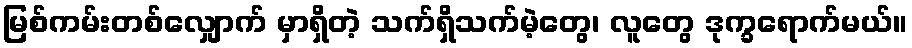
မြစ်ကမ်းတစ်လျှောက် မှာရှိတဲ့ သက်ရှိသက်မဲ့တွေ၊ လူတွေ ဒုက္ခရောက်မယ်။